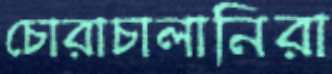
চোরাচালানিরা